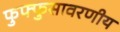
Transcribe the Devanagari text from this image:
फुफ्फुसावरणीय